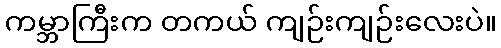
ကမ္ဘာကြီးက တကယ် ကျဉ်းကျဉ်းလေးပဲ။